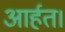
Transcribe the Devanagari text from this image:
आर्हत।